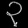
Digit: ၃